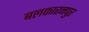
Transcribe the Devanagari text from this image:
बलकारनपुर